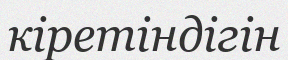
кіретіндігін